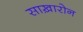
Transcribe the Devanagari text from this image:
साख़ारोन